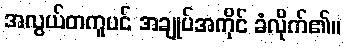
အလွယ်တကူပင် အချုပ်အကိုင် ခံလိုက်၏။